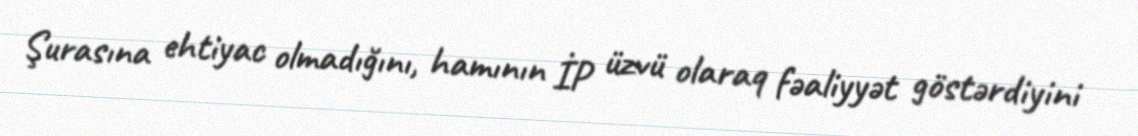
Şurasına ehtiyac olmadığını, hamının İP üzvü olaraq fəaliyyət göstərdiyini